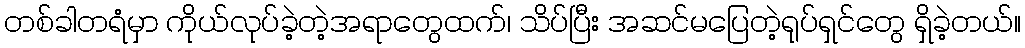
တစ်ခါတရံမှာ ကိုယ်လုပ်ခဲ့တဲ့အရာတွေထက်၊ သိပ်ပြီး အဆင်မပြေတဲ့ရုပ်ရှင်တွေ ရှိခဲ့တယ်။